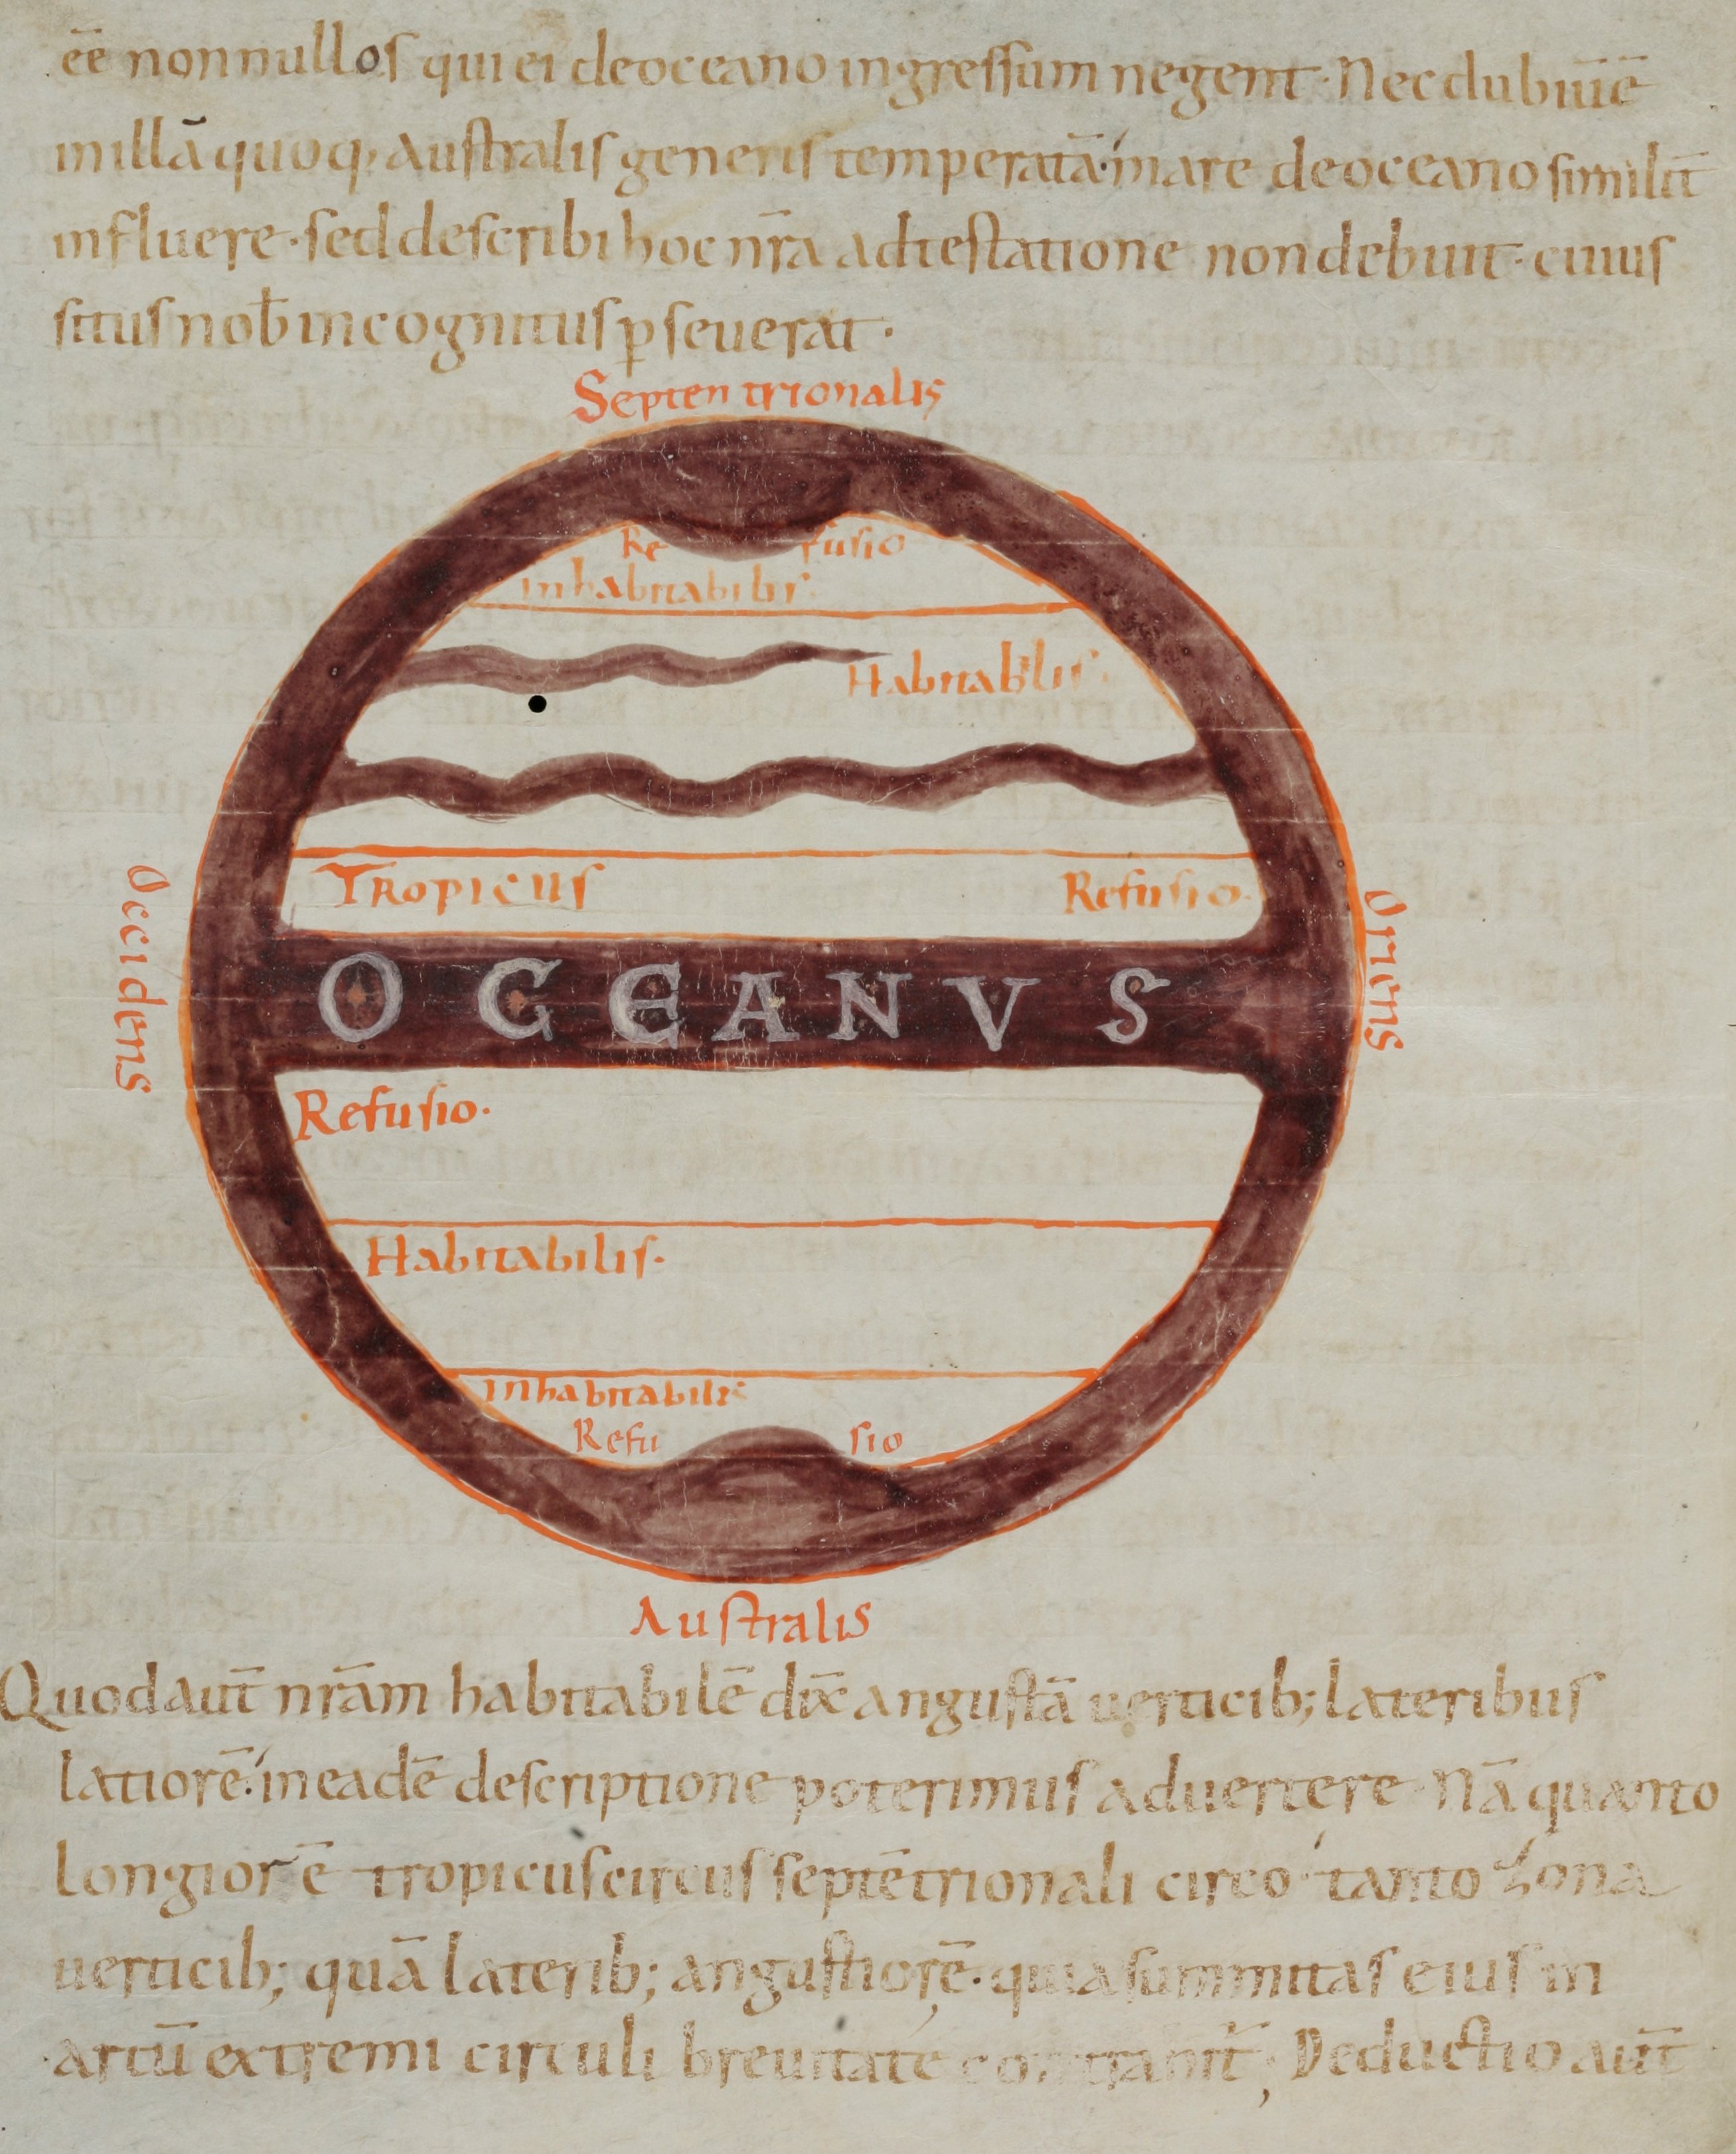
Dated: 965–975